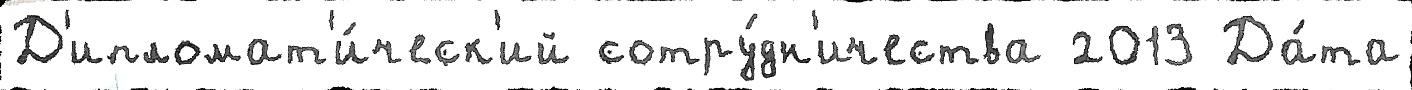
Д'ипломат'и́ческ'ий сотру́дн'ичества 2013 Да́та